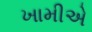
ખામીએ